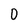
Character: O